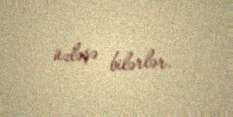
üzləşə bilərlər.